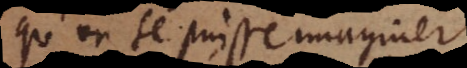
qu’on se puisse imaginer